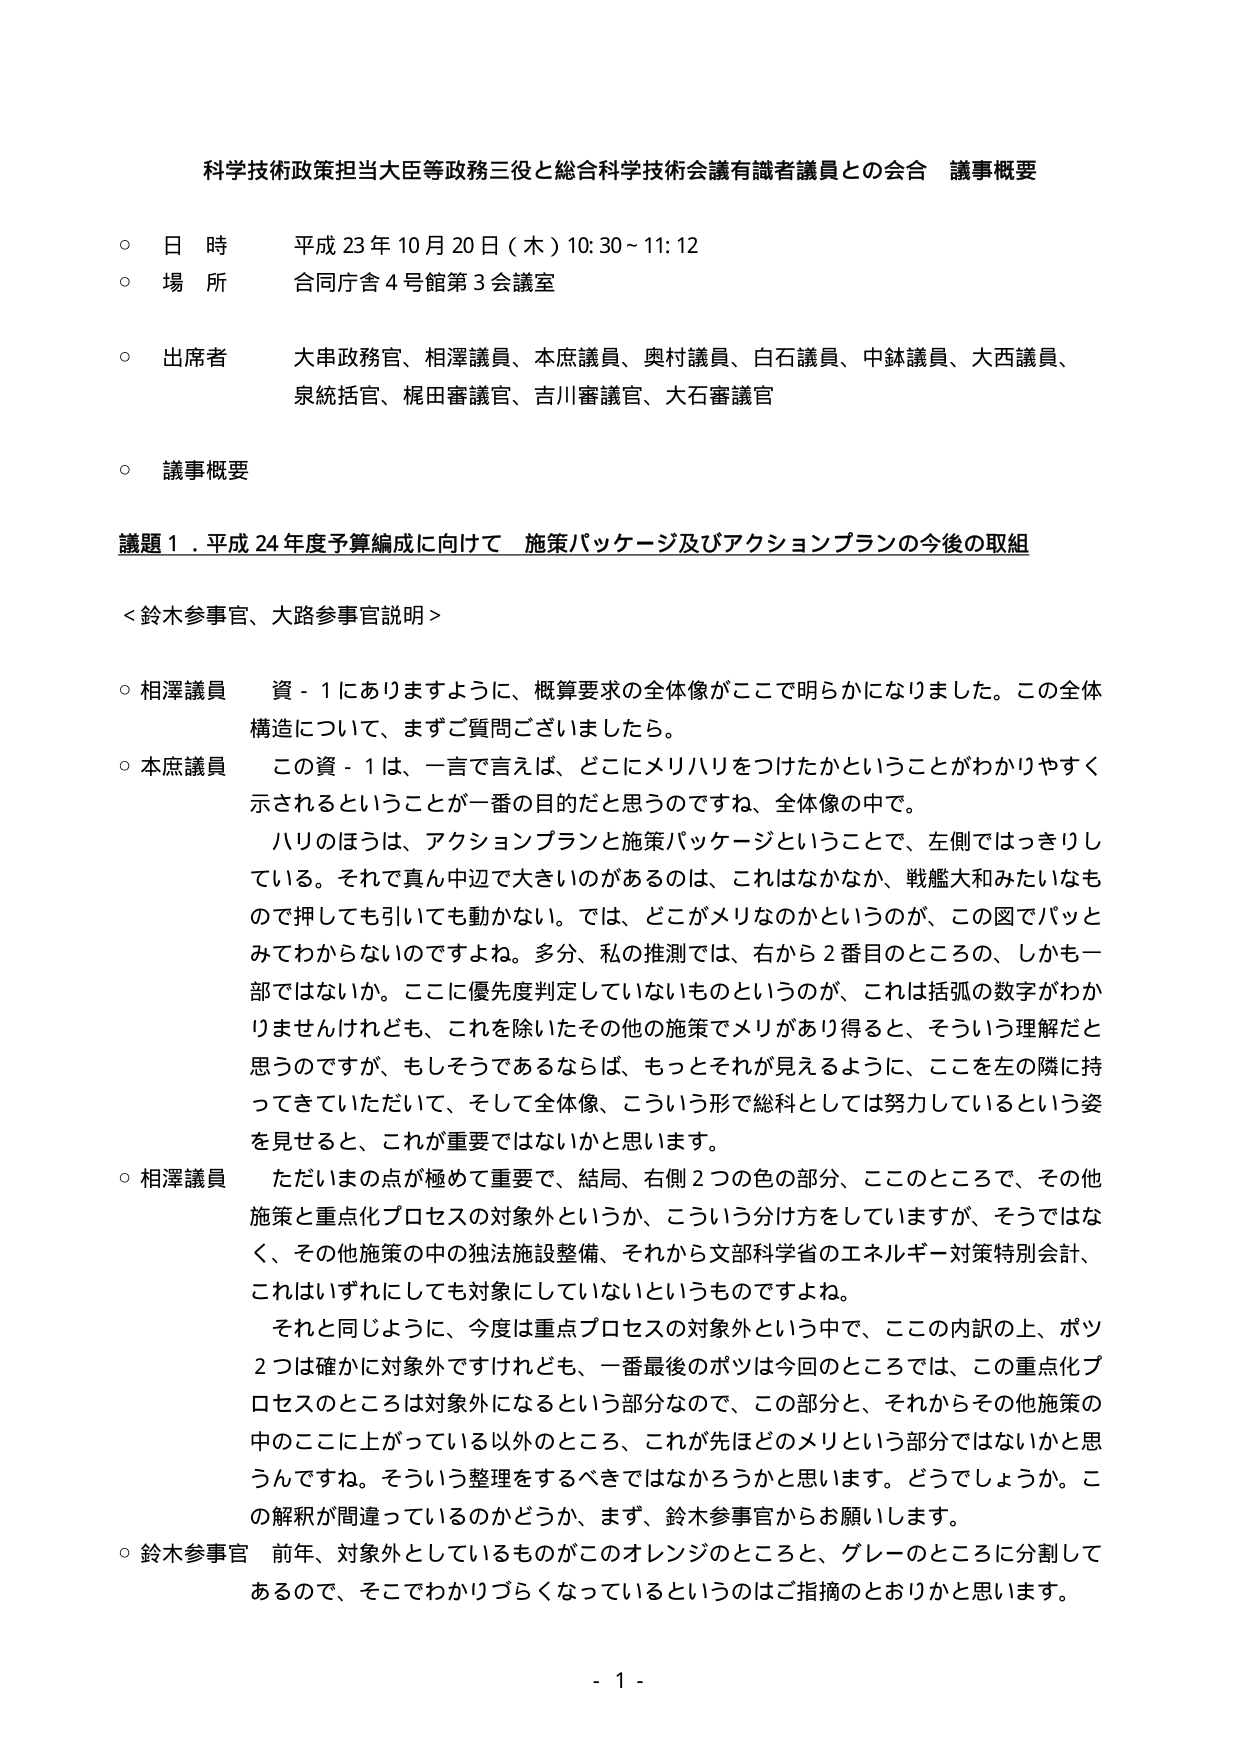
科学技術政策担当大臣等政務三役と総合科学技術会議有識者議員との会合 議事概要

○ 日 時 平成 23 年 10 月 20 日（木）10:30～11:12
○ 場 所 合同庁舎 4 号館第 3 会議室
○ 出席者 大串政務官、相澤議員、本庶議員、奥村議員、白石議員、中鉢議員、大西議員、
泉統括官、梶田審議官、吉川審議官、大石審議官
○ 議事概要

議題 1．平成 24 年度予算編成に向けて 施策パッケージ及びアクションプランの今後の取組

＜鈴木参事官、大路参事官説明＞

○ 相澤議員 資－1 にありますように、概算要求の全体像がここで明らかになりました。この全体構造について、まずご質問ございましたら。

○ 本庶議員 この資－1 は、一言で言えば、どこにメリハリをつけたかということがわかりやすく示されるということが一番の目的だと思うのですね、全体像の中で。
ハリのほうは、アクションプランと施策パッケージということで、左側ではっきりしている。それで真ん中辺で大きいのがあるのは、これはなかなか、戦艦大和みたいなもので押しても引いても動かない。では、どこがメリなのかというのが、この図でパッとみてわからないのですよね。多分、私の推測では、右から 2 番目とのころの、しかも一部ではないか。ここに優先度判定していないものというのが、これは括弧の数字がわかりませんけれども、これを除いたその他の施策でメリがあり得ると、そういう理解だと思うのですが、もしそうであるならば、もっとそれが見えるように、これを左の隣に持ってきていただいて、そして全体像、こういう形で総科としては努力しているという姿を見せると、これが重要ではないかと思います。

○ 相澤議員 ただいまの点が極めて重要で、結局、右側 2 つの色の部分、ここのところで、その他施策と重点化プロセスの対象外というか、こういう分け方をしていますが、そうではなく、その他施策の中の独法施設整備、それから文部科学省のエネルギー対策特別会計、これはいずれにしても対象にしていないというものですよね。
それと同じように、今度は重点プロセスの対象外という中で、ここの内訳の上、ポツ2 つは確かに対象外ですけれども、一番最後のポツは今回のところでは、この重点化プロセスのところは対象外になるという部分なので、この部分と、それからその他施策の中のここに上がっている以外のところ、これが先ほどのメリという部分ではないかと思うんですね。そういう整理をするべきではなかろうかと思います。どうでしょうか。この解釈が間違っているのかどうか、まず、鈴木参事官からお願いします。

○ 鈴木参事官 前年、対象外としているものがこのオレンジのところと、グレーのところに分割してあるので、そこでわかりづらくなっているというのはご指摘のとおりかと思います。

- 1 -